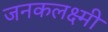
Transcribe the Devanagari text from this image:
जनकलक्ष्मी